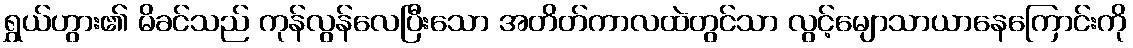
ရွှယ်ဟွား၏ မိခင်သည် ကုန်လွန်လေပြီးသော အတိတ်ကာလထဲတွင်သာ လွင့်မျောသာယာနေကြောင်းကို